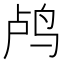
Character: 鸬